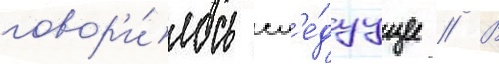
говор'и́лось сл'е́дуущее // В